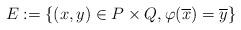
LaTeX: \begin{align*}E:=\{(x,y)\in P\times Q, \varphi(\overline{x})=\overline{y}\}\end{align*}